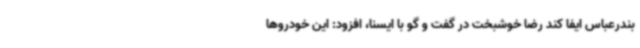
بندرعباس ایفا کند رضا خوشبخت در گفت و گو با ایسنا، افزود: این خودروها